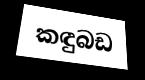
කඳුබඩ